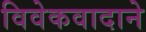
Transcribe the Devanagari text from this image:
विवेकवादाने